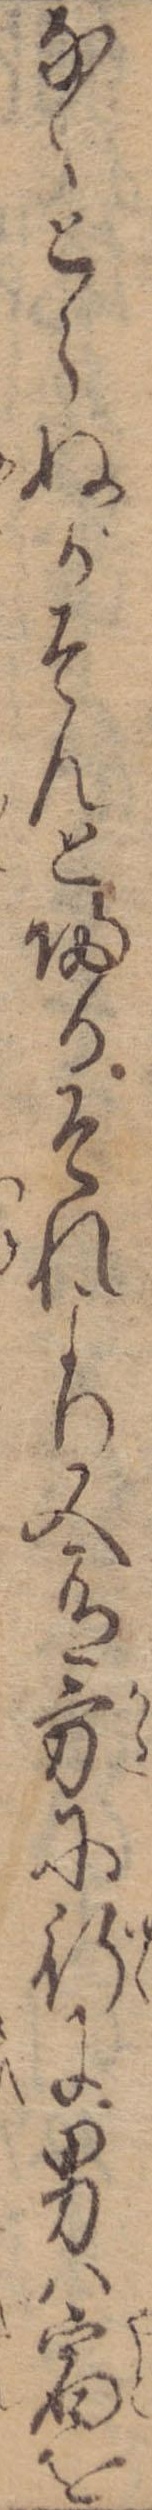
なくとらぬがそんと帰るそれより又有方に行に男は宿を